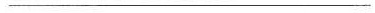
___